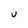
Character: U